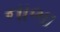
નાભા